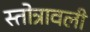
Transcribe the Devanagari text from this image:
स्तोत्रावली